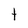
Character: t